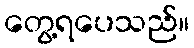
တွေ့ရပေသည်။